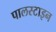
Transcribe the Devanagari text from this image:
पालस्टाइन